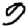
Digit: 9